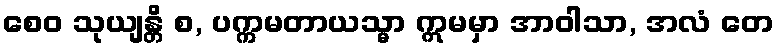
စေဝ သုယျန္တိ စ, ပက္ကမတာယသ္မာ ဣမမှာ အာဝါသာ, အလံ တေ